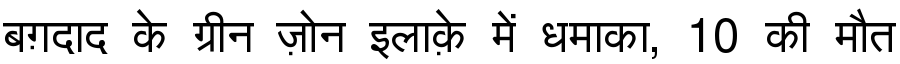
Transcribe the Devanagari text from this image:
बग़दाद के ग्रीन ज़ोन इलाक़े में धमाका, 10 की मौत